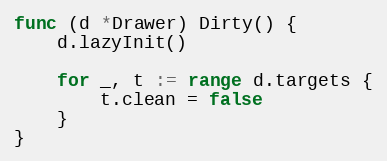
Language: Go
func (d *Drawer) Dirty() {
	d.lazyInit()

	for _, t := range d.targets {
		t.clean = false
	}
}